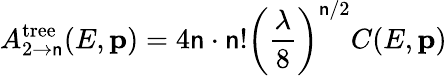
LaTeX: A_{2\to\mathsf{n}}^{\mathrm{{tree}}}(E,{\mathbf{p}})=4\mathsf{n}\cdot\mathsf{n}!\left({\frac{{\lambda}}{{8}}}\right)^{\mathsf{n}/2}C(E,{\mathbf{p}})